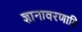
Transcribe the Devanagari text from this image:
ज्ञानावरणादि